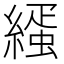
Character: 𦄦